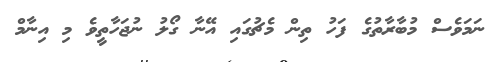
ނަމަވެސް މުބާރާތުގެ ފަހު ތިން މެޗުގައި އޭނާ ގޯލު ނުޖަހާތީވެ މި އިނާމް